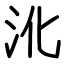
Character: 沎